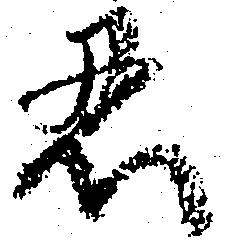
忍